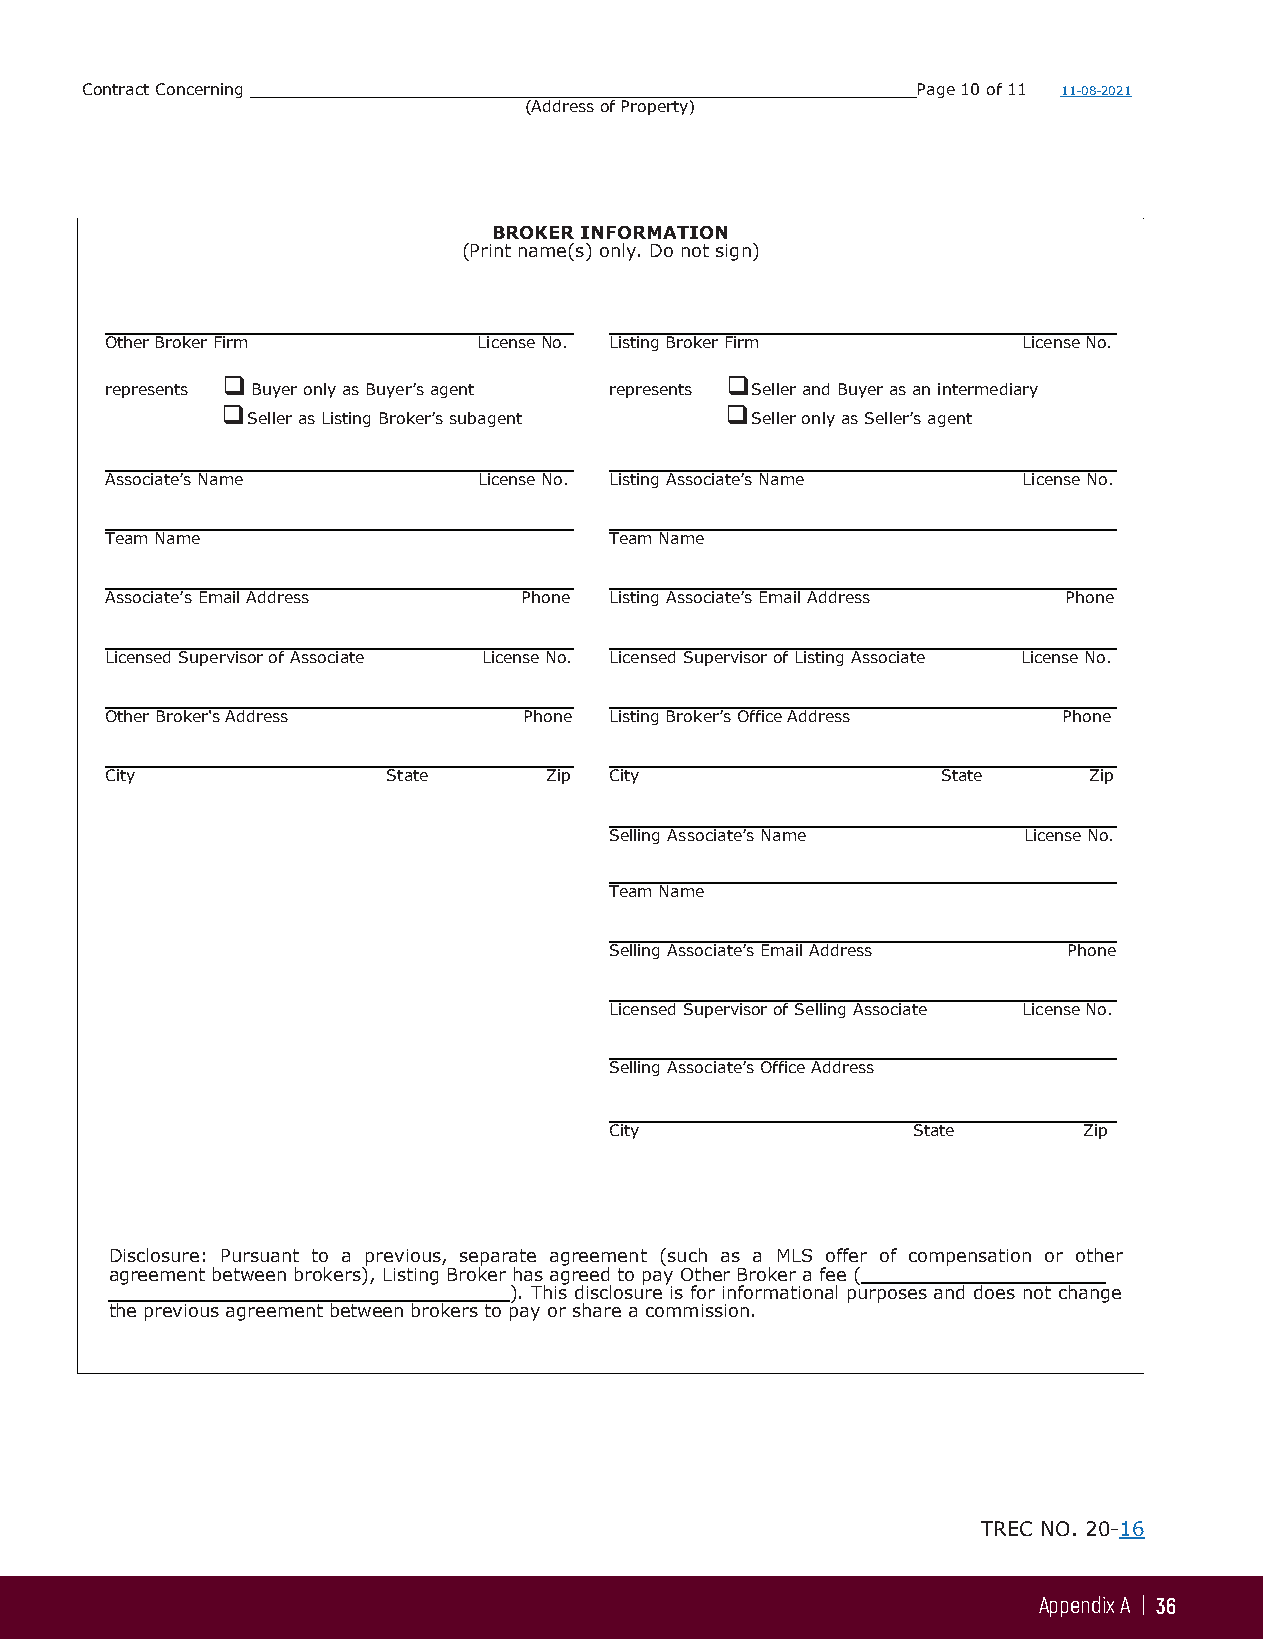
Contract Concerning                                     Page 10 of 11 11-08-2021
 (Address of Property)
 BROKER INFORMATION
 (Print name(s) only. Do not sign)
 Other Broker Firm        License No. Listing Broker Firm     License No.
                                 
 represents Buyer only as Buyer’s agent represents Seller and Buyer as an intermediary
                                
 Seller as Listing Broker’s subagent Seller only as Seller’s agent
 Associate’s Name         License No. Listing Associate’s Name License No.
 Team Name                        Team Name
 Associate’s Email Address   Phone Listing Associate’s Email Address Phone
 Licensed Supervisor of Associate License No. Licensed Supervisor of Listing Associate License No.
 Other Broker's Address      Phone Listing Broker’s Office Address Phone
 City               State     Zip City                  State     Zip
 Selling Associate’s Name    License No.
 Team Name
 Selling Associate’s Email Address Phone
 Licensed Supervisor of Selling Associate License No.
 Selling Associate’s Office Address
 City                State       Zip
 Disclosure: Pursuant to a previous, separate agreement (such as a MLS offer of compensation or other
 agreement between brokers), Listing Broker has agreed to pay Other Broker a fee (
 ). This disclosure is for informational purposes and does not change
 the previous agreement between brokers to pay or share a commission.
 I nitialed for identification by Buyer and Seller           TREC NO. 20-16
 Appendix A | 36